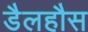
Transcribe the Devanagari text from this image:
डैलहौस